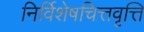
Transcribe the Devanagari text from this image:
निर्विशेषचित्तवृत्ति